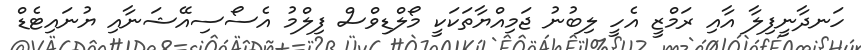
ހަނދާނީފިލާ އާއި ރަމްޒީ އެހީ ލިބުނު ޖަމިއްޔާތަކަކީ މޯލްޑިވްސް ފިލްމު އެސޯސިއޭޝަނާއި ޔުނައިޓެޑް